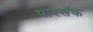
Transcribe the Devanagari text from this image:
पारसॅक